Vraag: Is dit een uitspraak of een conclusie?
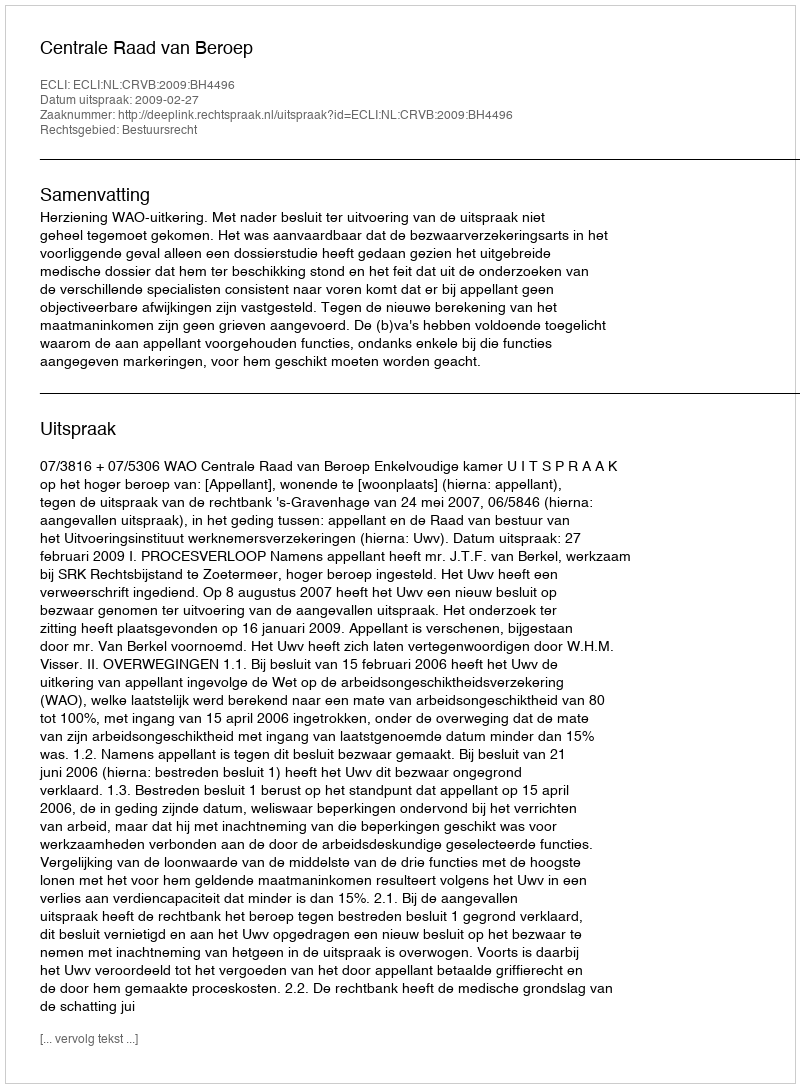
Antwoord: Uitspraak